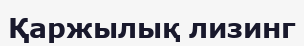
Қаржылық лизинг